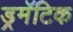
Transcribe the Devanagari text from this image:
ड्रमॅटिक